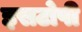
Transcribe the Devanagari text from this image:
इसटोपी